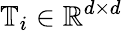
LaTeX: \mathbb{T}_{i}\in\mathbb{R}^{d\times d}